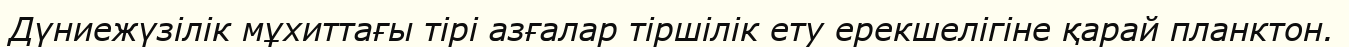
Дүниежүзілік мұхиттағы тірі азғалар тіршілік ету ерекшелігіне қарай планктон.